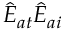
\hat { E } _ { a t } \hat { E } _ { a i }